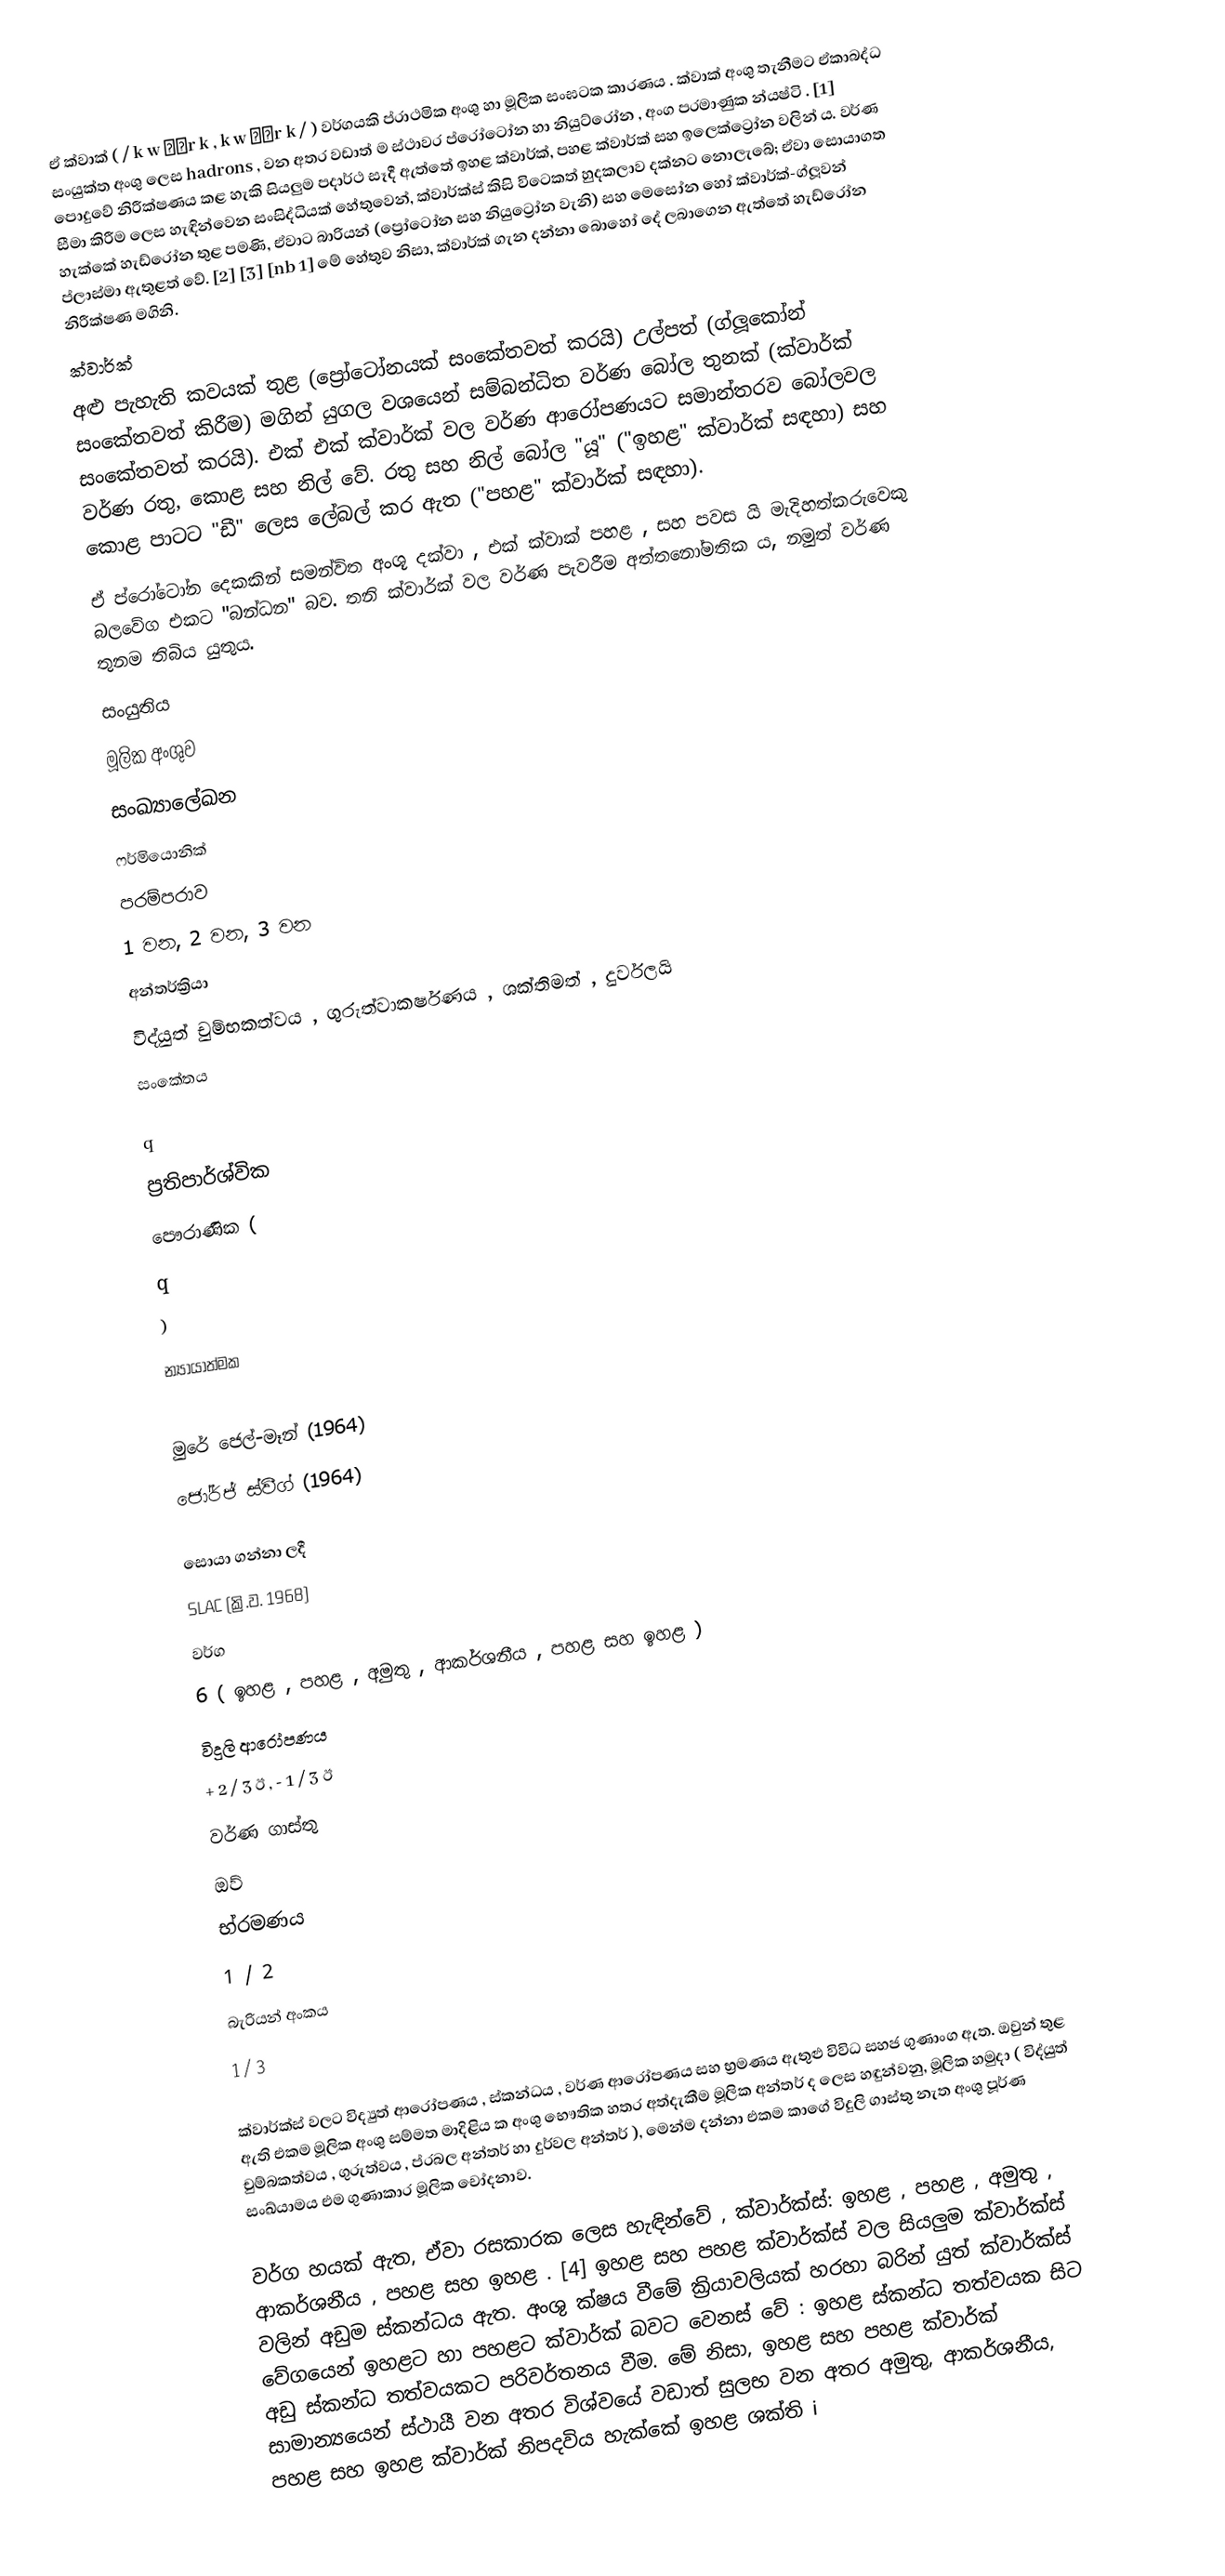
ඒ ක්වාක් ( / k w ɔːr k , k w ɑːr k / ) වර්ගයකි ප්රාථමික අංශු හා මූලික සංඝටක කාරණය . ක්වාක් අංශු තැනීමට ඒකාබද්ධ සංයුක්ත අංශු ලෙස hadrons , වන අතර වඩාත් ම ස්ථාවර ප්රෝටෝන හා නියුට්රෝන , අංග පරමාණුක න්යෂ්ටි . [1] පොදුවේ නිරීක්ෂණය කළ හැකි සියලුම පදාර්ථ සෑදී ඇත්තේ ඉහළ ක්වාර්ක්, පහළ ක්වාර්ක් සහ ඉලෙක්ට්‍රෝන වලින් ය. වර්ණ සීමා කිරීම ලෙස හැඳින්වෙන සංසිද්ධියක් හේතුවෙන්, ක්වාර්ක්ස් කිසි විටෙකත් හුදකලාව දක්නට නොලැබේ; ඒවා සොයාගත හැක්කේ හැඩ්රෝන තුළ පමණි, ඒවාට බාරියන් (ප්‍රෝටෝන සහ නියුට්‍රෝන වැනි) සහ මෙසෝන හෝ ක්වාර්ක්-ග්ලූවන් ප්ලාස්මා ඇතුළත් වේ. [2] [3] [nb 1] මේ හේතුව නිසා, ක්වාර්ක් ගැන දන්නා බොහෝ දේ ලබාගෙන ඇත්තේ හැඩ්රෝන නිරීක්ෂණ මගිනි.
ක්වාර්ක්
අළු පැහැති කවයක් තුළ (ප්‍රෝටෝනයක් සංකේතවත් කරයි) උල්පත් (ග්ලූකෝන් සංකේතවත් කිරීම) මගින් යුගල වශයෙන් සම්බන්ධිත වර්ණ බෝල තුනක් (ක්වාර්ක් සංකේතවත් කරයි). එක් එක් ක්වාර්ක් වල වර්ණ ආරෝපණයට සමාන්තරව බෝලවල වර්ණ රතු, කොළ සහ නිල් වේ. රතු සහ නිල් බෝල "යූ" ("ඉහළ" ක්වාර්ක් සඳහා) සහ කොළ පාටට "ඩී" ලෙස ලේබල් කර ඇත ("පහළ" ක්වාර්ක් සඳහා).
ඒ ප්රෝටෝන දෙකකින් සමන්විත අංශූ දක්වා , එක් ක්වාක් පහළ , සහ පවස යි මැදිහත්කරුවෙකු බලවේග එකට "බන්ධන" බව. තනි ක්වාර්ක් වල වර්ණ පැවරීම අත්තනෝමතික ය, නමුත් වර්ණ තුනම තිබිය යුතුය.
සංයුතිය
	මූලික අංශුව
සංඛ්‍යාලේඛන
	ෆර්මියොනික්
පරම්පරාව
	1 වන, 2 වන, 3 වන
අන්තර්ක්‍රියා
	විද්යුත් චුම්භකත්වය , ගුරුත්වාකර්ෂණය , ශක්තිමත් , දුර්වලයි
සංකේතය

q
ප්‍රතිපාර්ශ්වික
	පෞරාණික (
q
)
න්‍යායාත්මක

    මුරේ ජෙල්-මෑන් (1964)
    ජෝර්ජ් ස්වීග් (1964)

සොයා ගන්නා ලදී
	SLAC (ක්‍රි.ව. 1968)
වර්ග
	6 ( ඉහළ , පහළ , අමුතු , ආකර්ශනීය , පහළ සහ ඉහළ )
විදුලි ආරෝපණය
	+ 2 / 3  ඊ , - 1 / 3  ඊ
වර්ණ ගාස්තු
	ඔව්
භ්රමණය
	1 / 2
බැරියන් අංකය
	1 / 3

ක්වාර්ක්ස් වලට විද්‍යුත් ආරෝපණය , ස්කන්ධය , වර්ණ ආරෝපණය සහ භ්‍රමණය ඇතුළු විවිධ සහජ ගුණාංග ඇත. ඔවුන් තුළ ඇති එකම මූලික අංශු සම්මත මාදිළිය ක අංශු භෞතික හතර අත්දැකීම මූලික අන්තර් ද ලෙස හඳුන්වනු, මූලික හමුදා ( විද්යුත් චුම්බකත්වය , ගුරුත්වය , ප්රබල අන්තර් හා දුර්වල අන්තර් ), මෙන්ම දන්නා එකම කාගේ විදුලි ගාස්තු නැත අංශු පූර්ණ සංඛ්යාමය එම ගුණාකාර මූලික චෝදනාව.

වර්ග හයක් ඇත, ඒවා රසකාරක ලෙස හැඳින්වේ , ක්වාර්ක්ස්: ඉහළ , පහළ , අමුතු , ආකර්ශනීය , පහළ සහ ඉහළ . [4] ඉහළ සහ පහළ ක්වාර්ක්ස් වල සියලුම ක්වාර්ක්ස් වලින් අඩුම ස්කන්ධය ඇත. අංශු ක්ෂය වීමේ ක්‍රියාවලියක් හරහා බරින් යුත් ක්වාර්ක්ස් වේගයෙන් ඉහළට හා පහළට ක්වාර්ක් බවට වෙනස් වේ : ඉහළ ස්කන්ධ තත්වයක සිට අඩු ස්කන්ධ තත්වයකට පරිවර්තනය වීම. මේ නිසා, ඉහළ සහ පහළ ක්වාර්ක් සාමාන්‍යයෙන් ස්ථායී වන අතර විශ්වයේ වඩාත් සුලභ වන අතර අමුතු, ආකර්ශනීය, පහළ සහ ඉහළ ක්වාර්ක් නිපදවිය හැක්කේ ඉහළ ශක්ති i